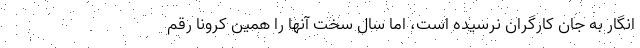
انگار به جان كارگران نرسيده است، اما سال سخت آنها را همين كرونا رقم